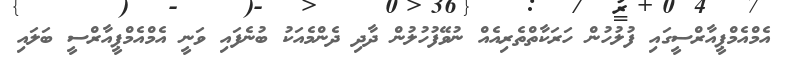
އެމްއެމްޕީއާރްސީގައި ފުލުހުން ހަރަކާތްތެރިއެއް ނުވޭފުުހުލުން ދާދި ދެންމެއަކު ބުނެފައި ވަނީ އެމްއެމްޕީއާރްސީ ބަލައި